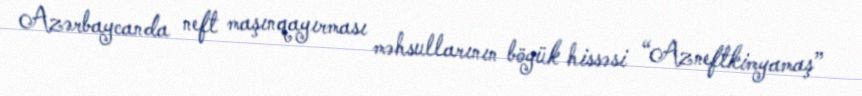
Azərbaycanda neft maşınqayırması məhsullarının böyük hissəsi “Azneftkimyamaş”